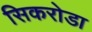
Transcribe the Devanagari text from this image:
सिकरोडा